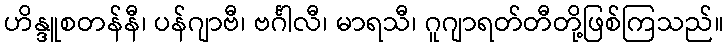
ဟိန္ဒူစတန်နီ၊ ပန်ဂျာဗီ၊ ဗင်္ဂါလီ၊ မာရသီ၊ ဂူဂျာရတ်တီတို့ဖြစ်ကြသည်။